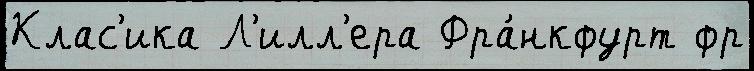
Клас'ика Л'илл'ера Фра́нкфурт фр